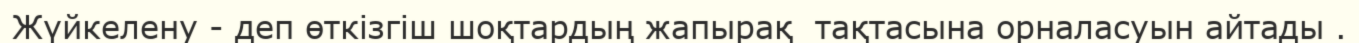
Жүйкелену - деп өткізгіш шоқтардың жапырақ  тақтасына орналасуын айтады .